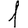
Digit: 1